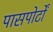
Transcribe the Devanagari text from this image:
पासपोर्टों